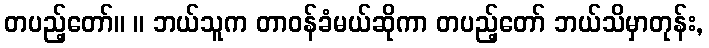
တပည့်တော်။ ။ ဘယ်သူက တာဝန်ခံမယ်ဆိုကာ တပည့်တော် ဘယ်သိမှာတုန်း,